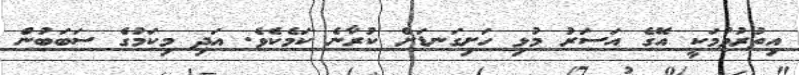
އިތުރުވުމަކީ އޭގެ އަސަރު މުޅި ހަށިގަނޑަށް ކުރާނެ ކަމެކެވެ. އަދި މިކަމުގެ ސަބަބުން